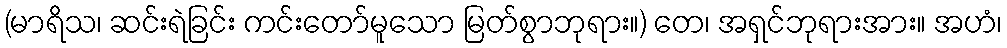
(မာရိသ၊ ဆင်းရဲခြင်း ကင်းတော်မူသော မြတ်စွာဘုရား။) တေ၊ အရှင်ဘုရားအား။ အဟံ၊